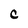
Character: C